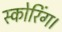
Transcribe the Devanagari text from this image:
स्कोरिंग।